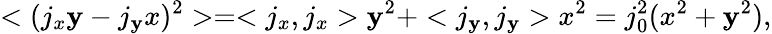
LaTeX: <(j_{x}\mathbf{y}-j_{\mathbf{y}}x)^{2}>=<j_{x},j_{x}>\mathbf{y}^{2}+<j_{\mathbf{y}},j_{\mathbf{y}}>x^{2}=j_{0}^{2}(x^{2}+\mathbf{y}^{2}),